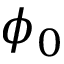
\phi _ { 0 }